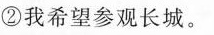
②我希望参观长城.